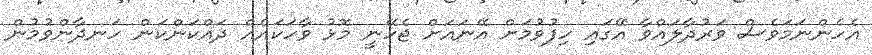
އެހެންނަމަވެސް ވަރުދާލައްވާ އޭގައި ހިފުވުމަށް އޭނައަށް ޖެހޭނީ މޮޅު ވާހަކައެއް ދައްކަންކަން ހަނދާންވުމުން